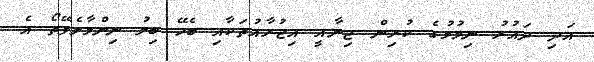
އަދި ދައުރު ނިމުމުގެ ކުރިން ޖިނާއީ އިޖުރާއުތަކާއި ބެހޭ ބިލު ނިންމާލެވޭތޯ އެ